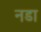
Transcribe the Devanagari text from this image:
नडा